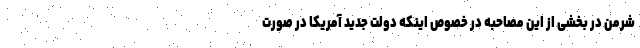
شرمن در بخشی از این مصاحبه در خصوص اینکه دولت جدید آمریکا در صورت